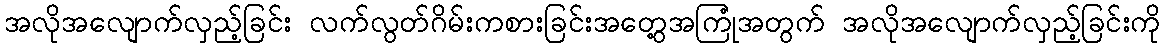
အလိုအလျောက်လှည့်ခြင်း လက်လွတ်ဂိမ်းကစားခြင်းအတွေ့အကြုံအတွက် အလိုအလျောက်လှည့်ခြင်းကို